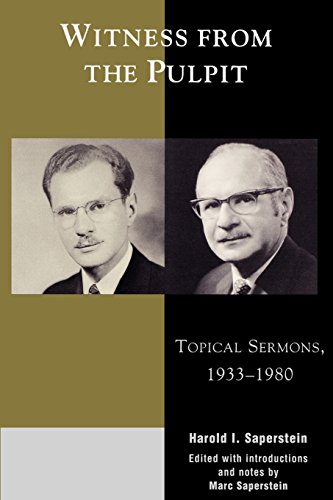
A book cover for Witness from the Pulpit: Topical Sermons, 1933-1980; Harold I. Saperstein; Religion & Spirituality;